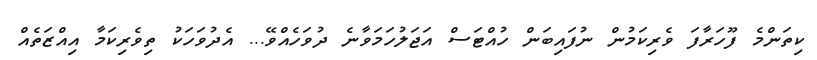
ކިތަންމެ ފޫހަރާފަ ވެރިކަމުން ނުފައިބަން ހުއްޓަސް އަޖަލުހަމަވާނެ ދުވަހެއްވޭ... އެދުވަހަކު ތިވެރިކަމާ އިއްޒަތެއް